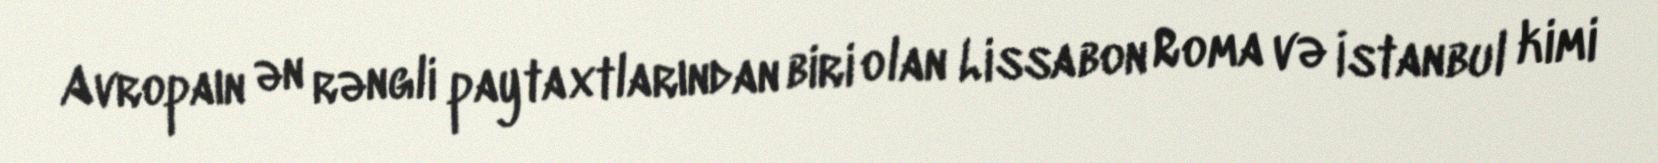
Avropaın ən rəngli paytaxtlarından biri olan Lissabon Roma və İstanbul kimi